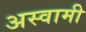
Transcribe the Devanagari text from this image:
अस्वामी